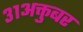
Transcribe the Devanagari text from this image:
३१अक्तुबर